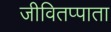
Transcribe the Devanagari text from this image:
जीवितप्पाता